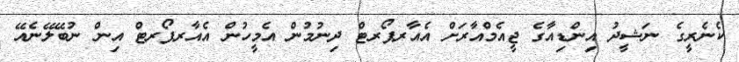
ކެނެރީގެ ނަޝީދު އިންޑިއާގެ ޖީއެމްއާރަށް އެއާރޕޯރޓް ދިނުމުން އެމީހުން އެއާރޕޯރޓް އިން ނުބޭލޭނެއޭ